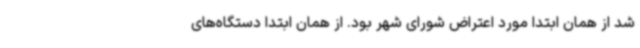
شد از همان ابتدا مورد اعتراض شورای شهر بود. از همان ابتدا دستگاه‌های